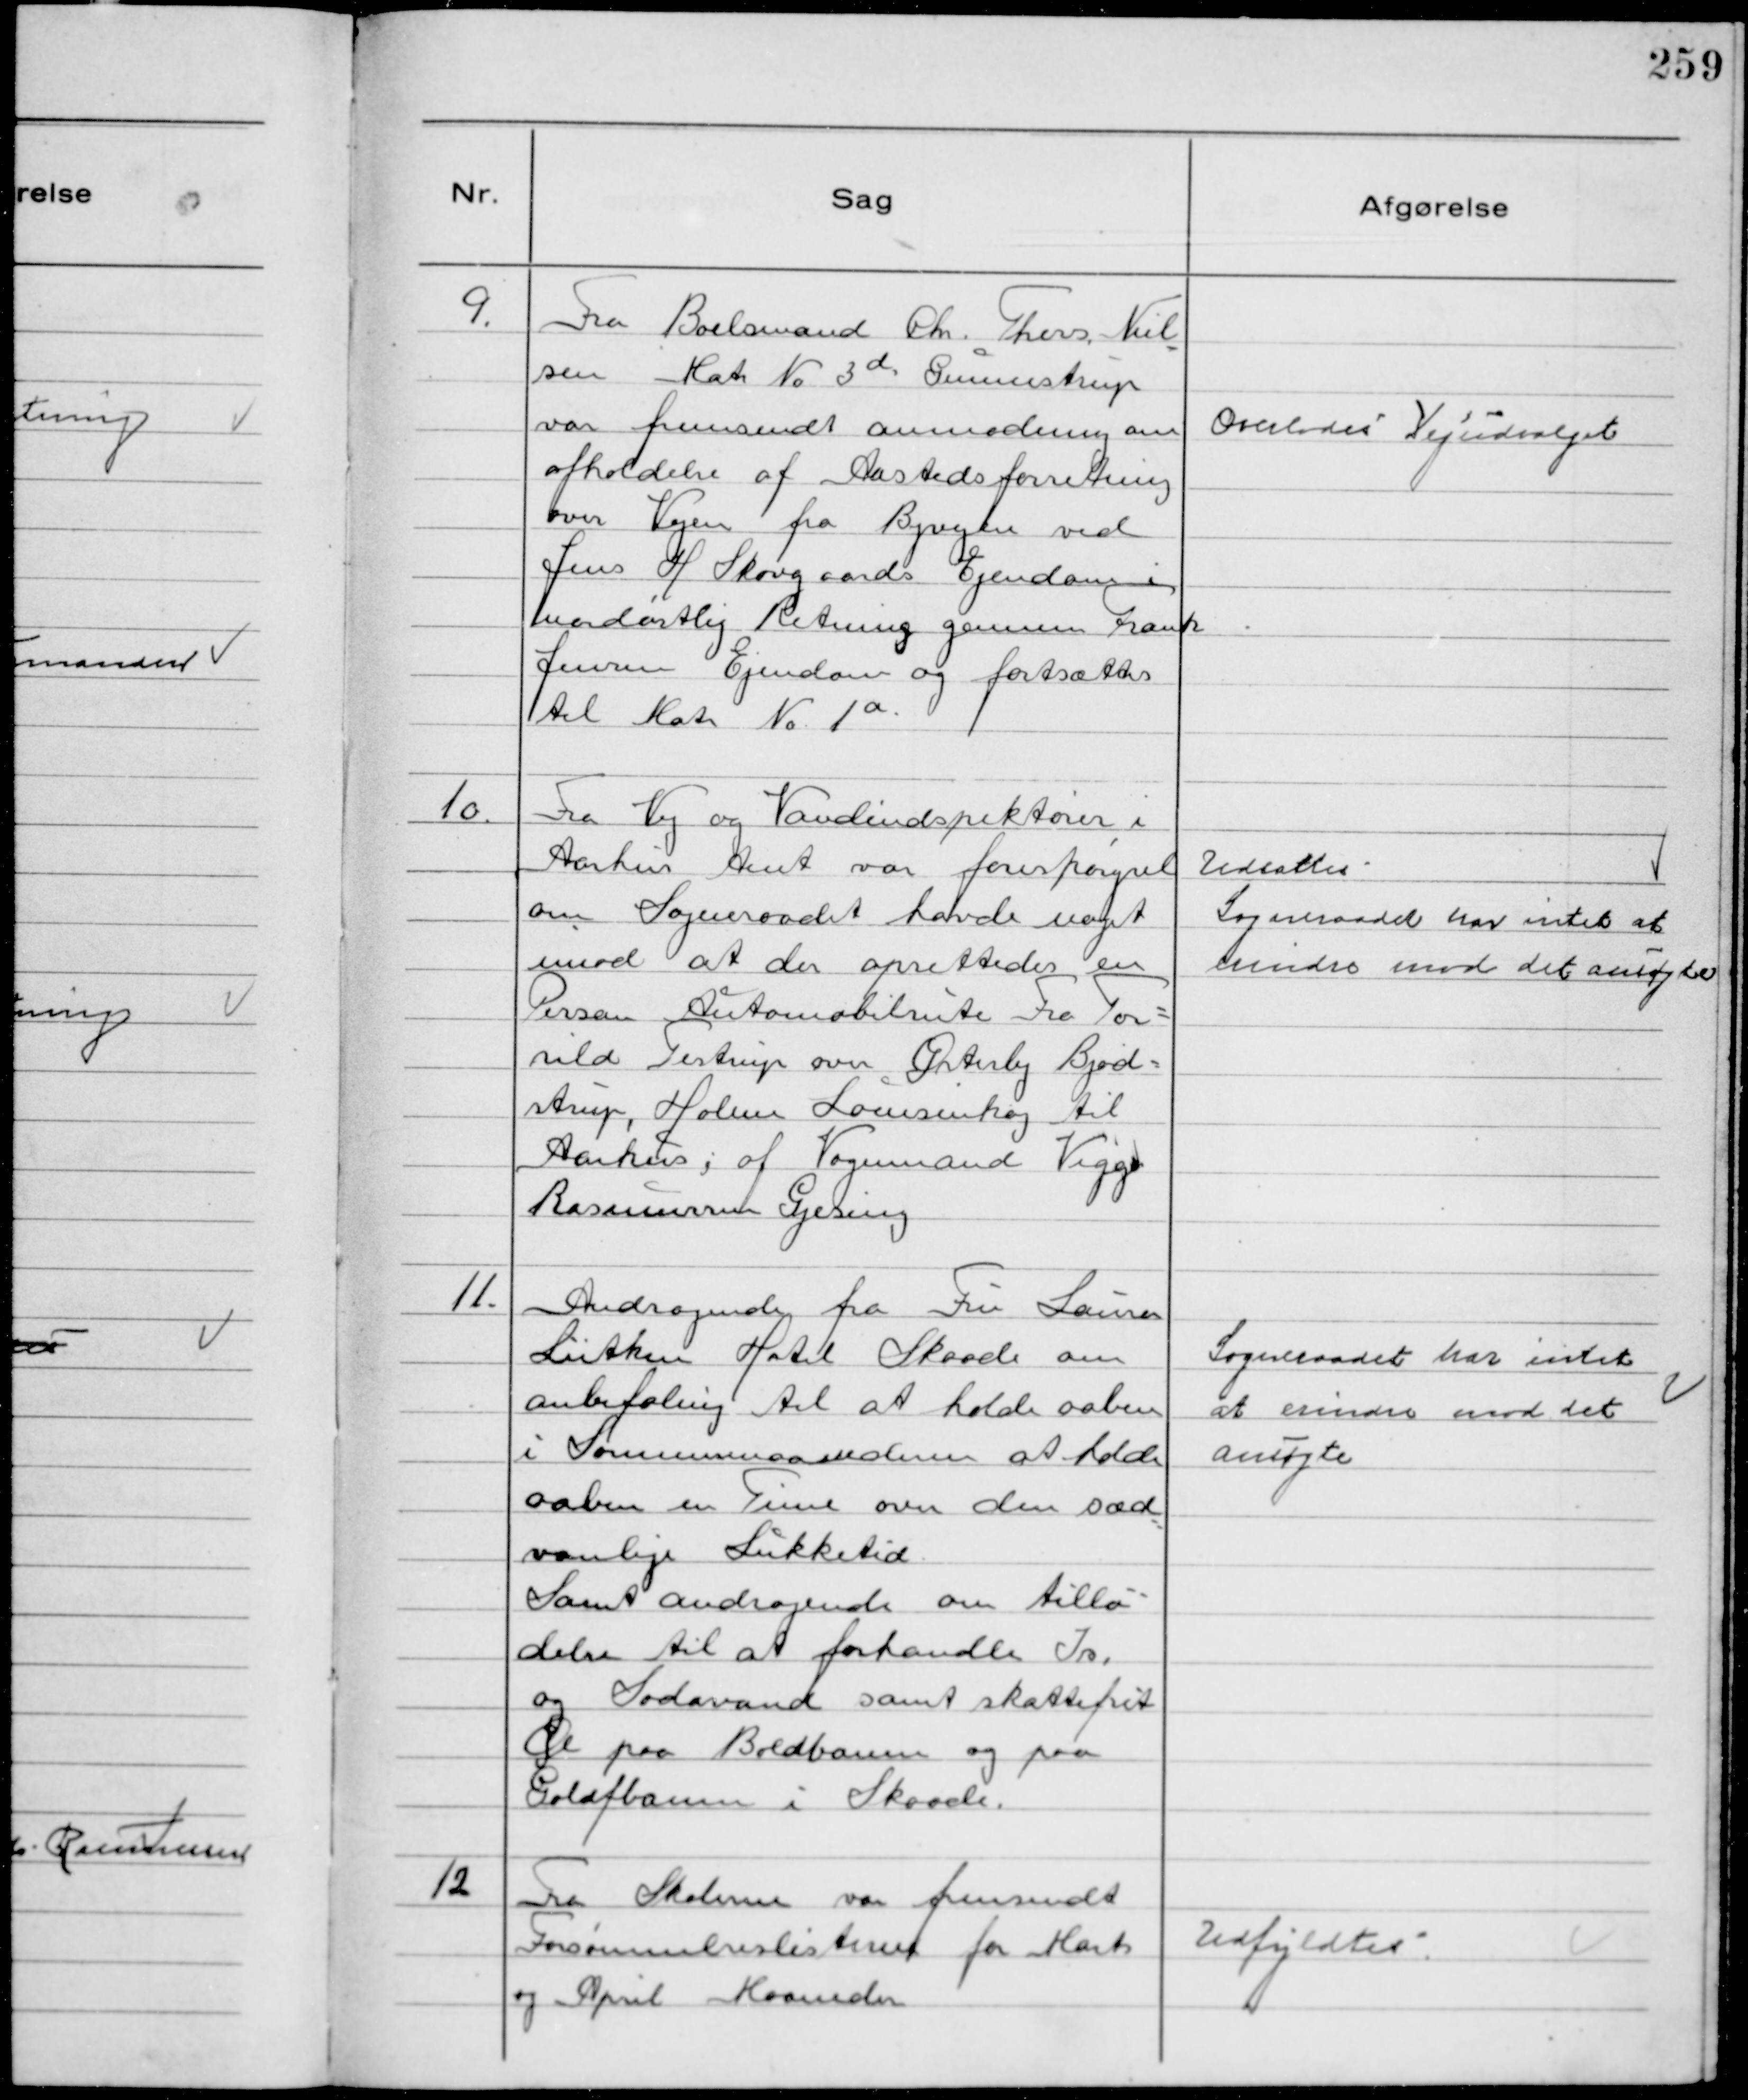
Transskription:
9.
Fra Boelsmand Chr. Thers Niel
sen Matr № 3d Gunnestrup
var fremsendt anmodning om
afholdelse af Aastedsforretning
over Vejen fra Byvejen ved
Jens H Skovgaards Ejendom i
nordøstlig Retning gennem Frank
Jensen Ejendom og fortsættes
til Matr № 1a.

Overlodes Vejudvalget

10.
Fra Vej og Vandinspektøren i
Aarhus Amt var forespørgsel
om Sogneraadet havde noget
imod at der oprettedes en
Person Automobilrute Fra Tor-
rild Testrup over Østerby Bjød-
strup, Holme Louisenhøj til
Aarhus, af Vognmand Viggo
Rasmussen Gjesing

Udsattes
Sogneraadet har intet at
erindre mod det ansøgte

11.
Andragende fra Fru Louise
Lütken Hotel Skaade om
anbefaling til at holde aaben
i Sommermaanederne at holde
aaben en Time over den sæd
vanlige Lukketid
Samt Andragende om tilla-
delse til at forhandle Is.
og Sodavand samt skattefrit
Øl paa Boldbanen og paa
Golfbanen i Skaade.

Sogneraadet har intet
at erindre mod det
ansøgte

12
Fra Skolerne var fremsendt
Forsømmelseslisterne for Marts
og April Maaneder

Udfyldtes